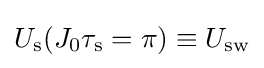
U_{\rm {s}}(J_{0}\tau _{\rm {s}}=\pi )\equiv U_{\rm {sw}}